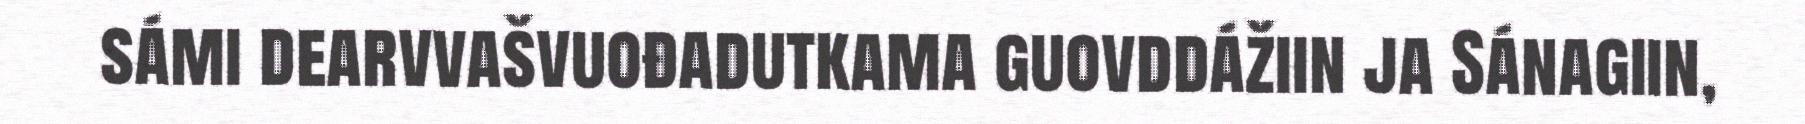
sámi dearvvašvuođadutkama guovddážiin ja Sánagiin,